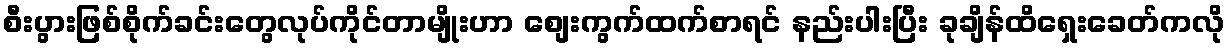
စီးပွားဖြစ်စိုက်ခင်းတွေလုပ်ကိုင်တာမျိုးဟာ စျေးကွက်ထက်စာရင် နည်းပါးပြီး ခုချိန်ထိရှေးခေတ်ကလို